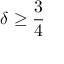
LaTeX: \delta \geq { \frac { 3 } { 4 } }